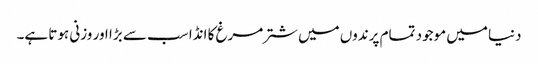
دنیا میں موجود تمام پرندوں میں شترمرغ کا انڈا سب سے بڑا اور وزنی ہوتا ہے۔